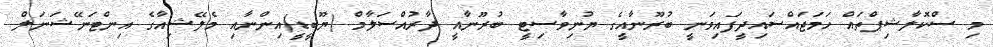
މި ސްކޮލާޝިޕްތައް ހަމަޖައްސައިދީފައިވަނީ ބުރޫނާއީގެ ޔުނިވާސިޓީ ބުރޫނާއީ ދާރުއްސަލާމް (ޔޫބީޑީ)އިންނާއި މެލޭޝިއާގެ އިންޓަނޭޝަނަލް